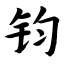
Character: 钧